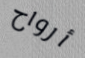
أرواح